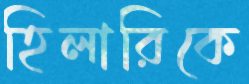
হিলারিকে